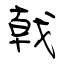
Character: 戟